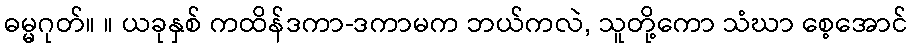
ဓမ္မဂုတ်။ ။ ယခုနှစ် ကထိန်ဒကာ-ဒကာမက ဘယ်ကလဲ, သူတို့ကော သံဃာ စေ့အောင်